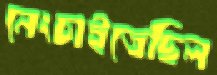
নেংচাইতেছিল